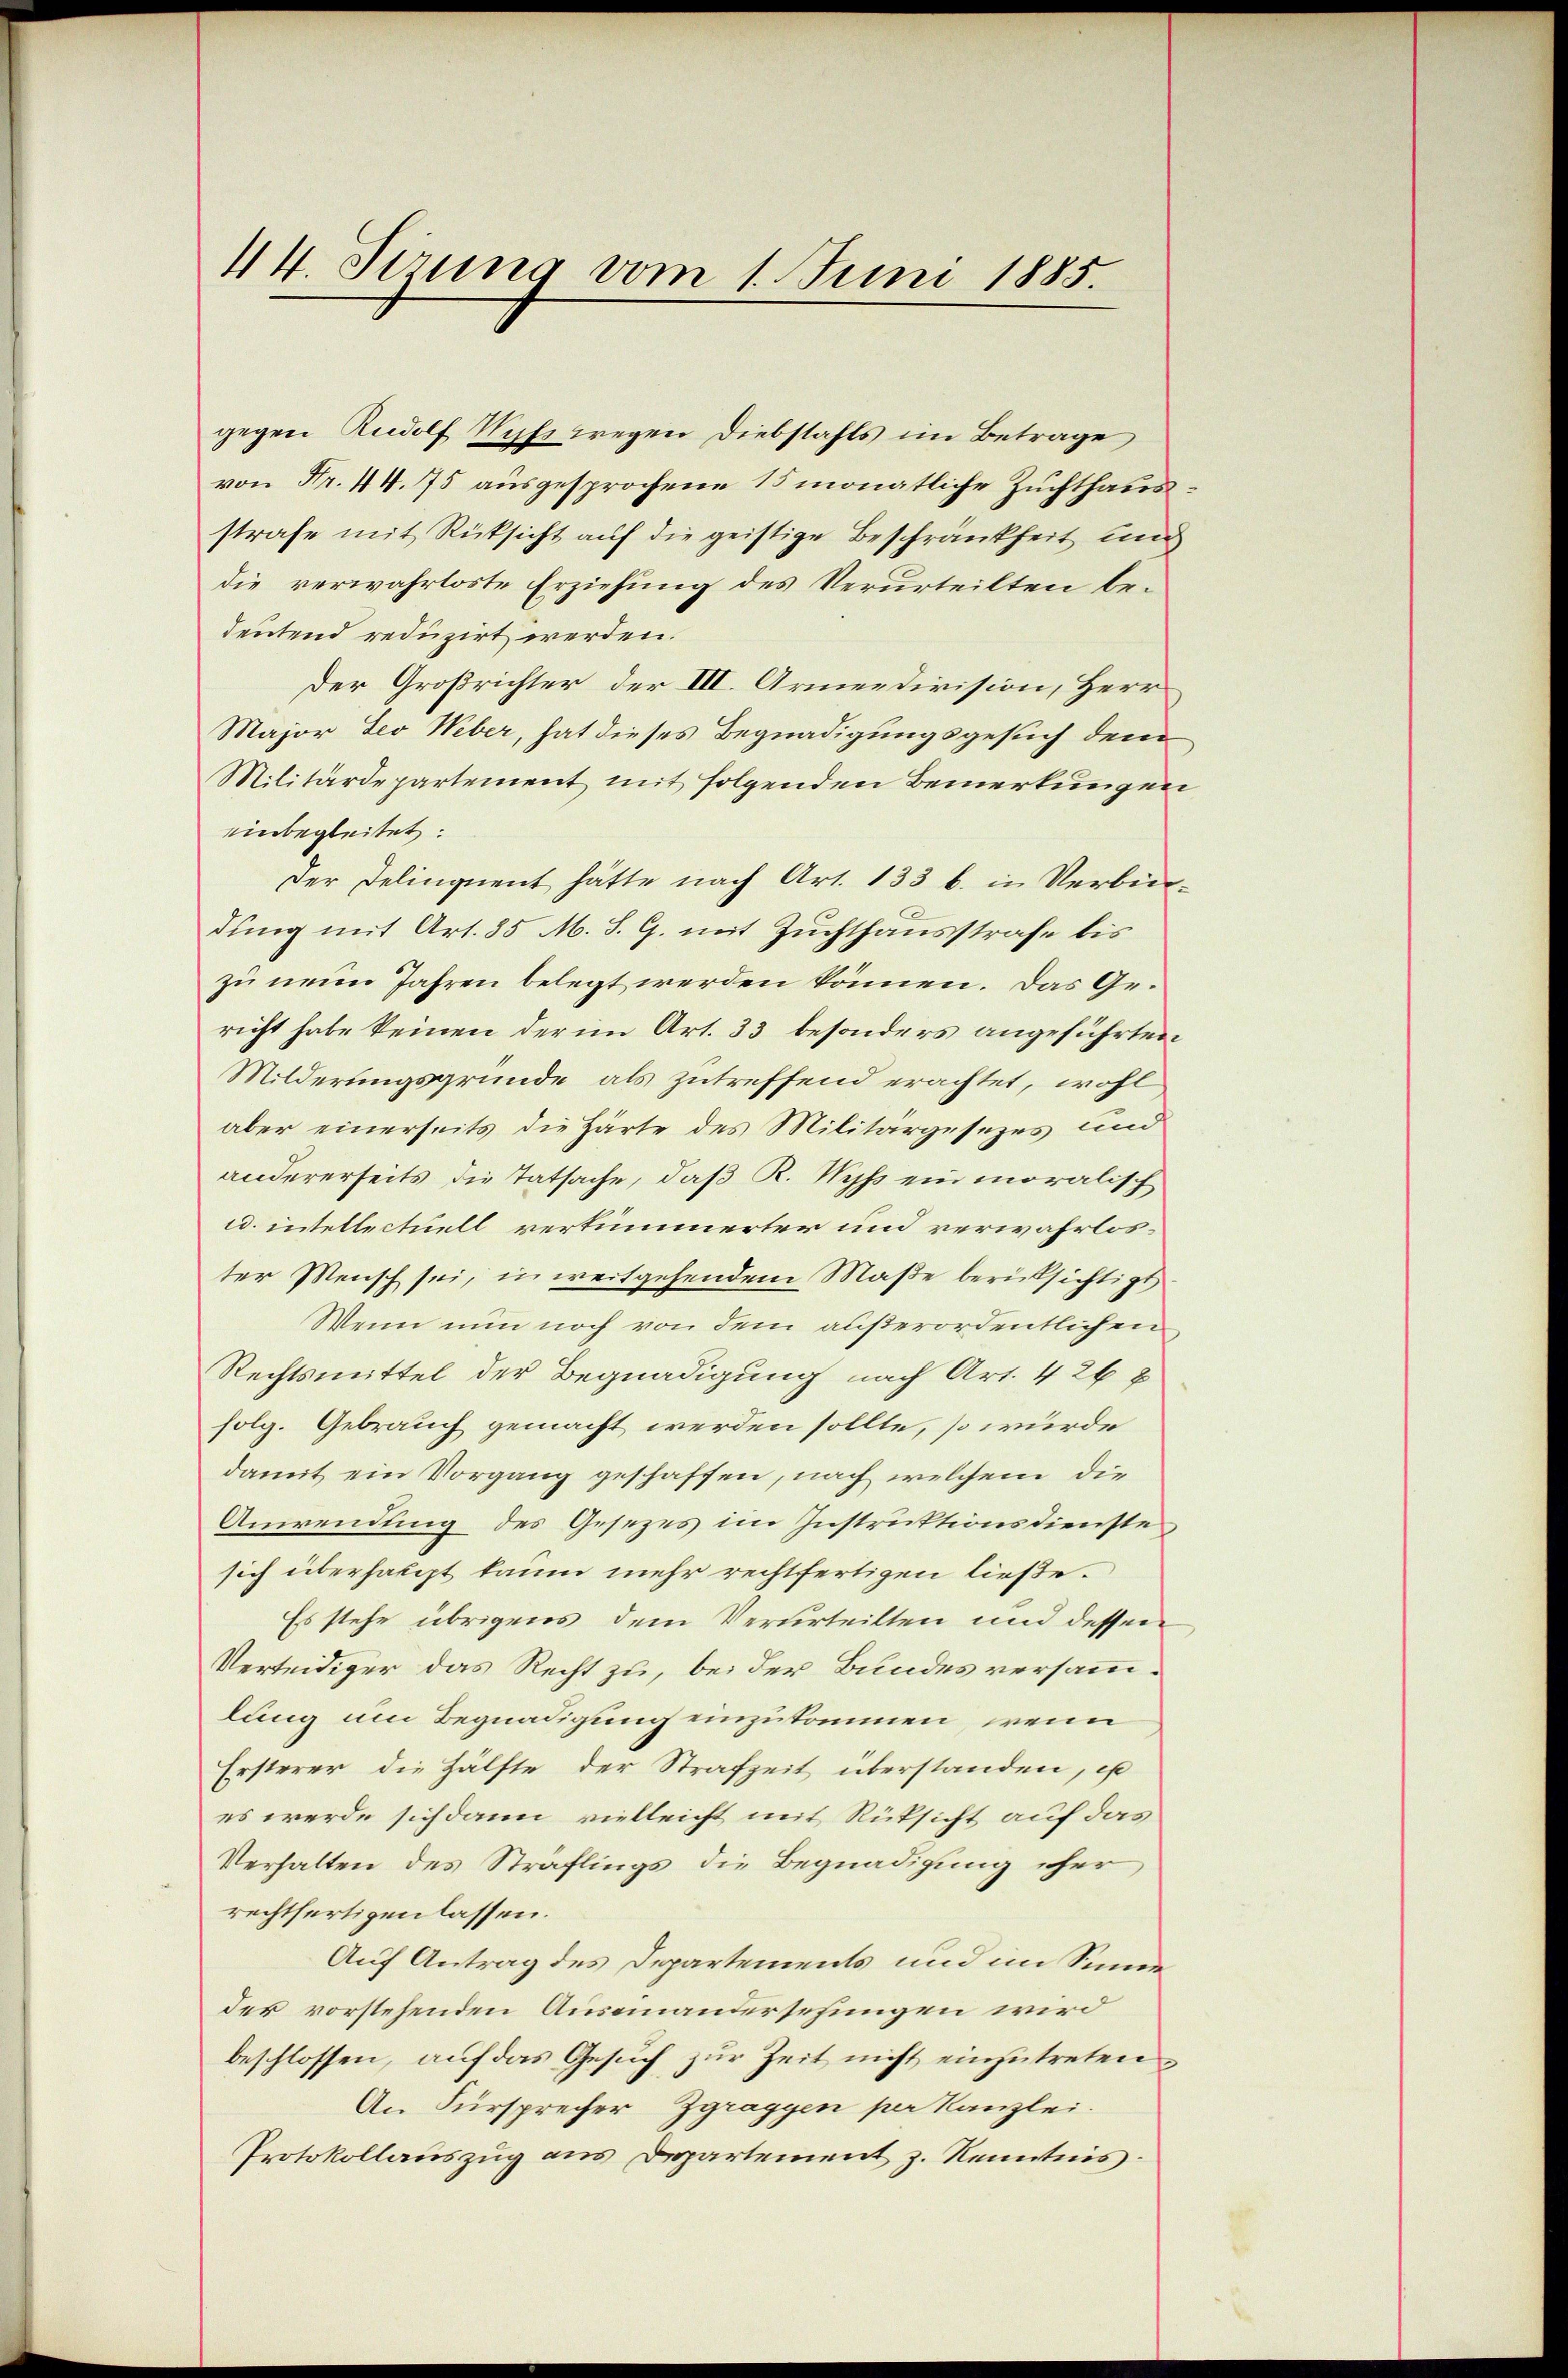
gegen Rudolf Nifs wegen Diebstahls im Betrage
von Fr. 44. 75 ausgesprochene 15 monatliche Zuchthaus
strafe mit Rüksicht auf die geistige Beschränkheit un
die verwahrloste Erziehung des Verurteilten bedeutend reduzirt werden.
Der Großrichter der III. Armeedivision, Herrs
Major Leo Weber, hat dieses Begnadigungsgesuch dem
Militärdepartement mit folgenden Bemerkungen
einbegleitet.
Der Delinquent hätte nach Art. 133 b. in Verbindung mit Art. 85 M. S. G. mit Zuchthausstrafe bis
zu neun Jahren belegt werden können. Das Gericht habe keinen der im Art. 33 besonders angeführten
Milderungsgründe als zutreffend erachtet, wohl
aber einerseits die Härte des Militärgesezes und
andererseits die Tatsache, daß R. Wyss ein moralisch
c. intellectuell verkümmerter und verwahrloster Mensch sei, in weitgehendem Maße berücksichtigt,
Wenn nun noch von dem außerordentlichen
Rechtsmittel der Begnadigung nach Art. 426 8
folg. Gebrauch gemacht werden sollte, so würde
damit ein Vorgang geschaffen, nach welchem die
Anwendung des Gesezes im Instruktionsdienste
sich überhaupt kaum mehr rechtfertigen ließe.
Es stehe übrigens dem Verurteilten und dessen
Verteidiger das Recht zu, bei der Bundes versammlung um Begnadigung einzukommen, wenn
Ersterer die Hälfte der Strafzeit überstanden, is
es werde sich dann vielleicht mit Rücksicht auf das
Verhalten des Sträflings die Begnadigung eher
rechtfertigen lassen.
Auf Antrag des Departements und im Sinneder vorstehenden Auseinandersehungen wird
beschlossen, auf das Gesuch zur Zeit nicht einzutreten
An Fürsprecher Zgraggen per Kanzlei.
Protokollauszug aus Departement z. Kenntnis

44. Sirung vom 1. Juni 1885.

u